Insane asylums in Bengal annual reports 1876-1887 - 1876-1887
Year: 1876
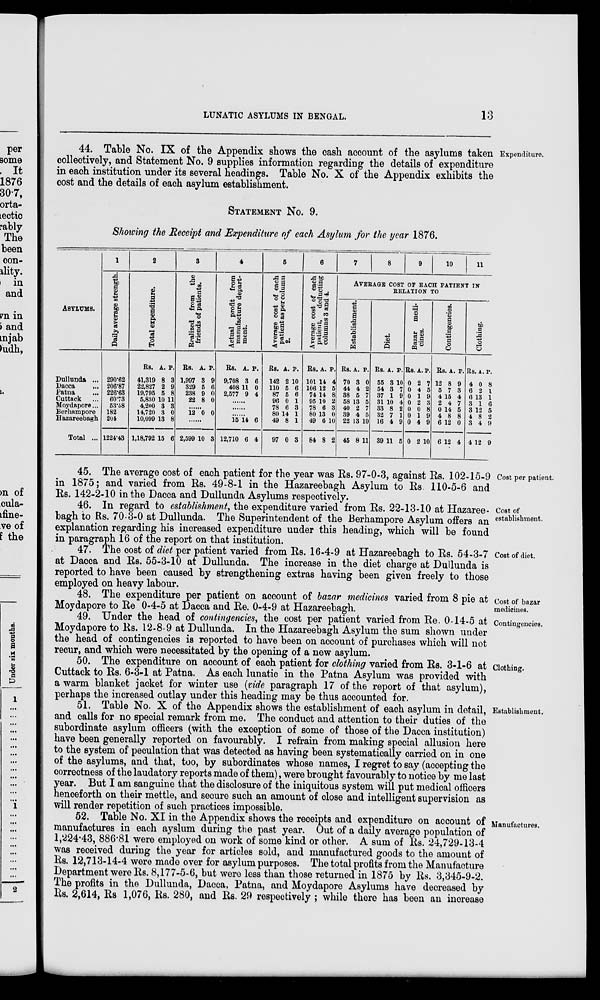
LUNATIC ASYLUMS IN BENGAL.
13
Expenditure.
44. Table No. IX of the Appendix shows the cash account of the asylums taken
collectively, and Statement No. 9 supplies information regarding the details of expenditure
in each institution under its several headings. Table No. X of the Appendix exhibits the
cost and the details of each asylum establishment.
STATEMENT No. 9.
Showing the Receipt and Expenditure of each Asylum for the year 1876.
ASYLUMS.
Dullunda ...
Dacca ...
Patna ...
Cuttack ...
Moydapore...
Berhampore
Hazareebagh
Total ...
1
Daily average strength.
290.62
206.87
226.63
60.73
53.58
182
204
1224.43
2
Total expenditure.
Rs.
41,319
22,827
19,795
5,830
4,200
14,720
10,099
1,18,792
A.
8
2
5
10
3
3
13
15
P.
3
9
8
11
3
0
8
6
3
Realized from
the
friends of patients.
Rs.
1,997
329
238
22
A.
3
5
9
8
P.
9
6
0
0
......
12 0 0
... ...
2,599 10 3
4
Actual profit from
manufacture depart-
ment.
Rs.
9,708
408
2,577
A.
3
11
9
P.
6
0
4
......
......
......
15
12,710
14
6
6
4
6
Average cost of each
patient as per column
2.
Rs.
142
110
87
96
78
80
49
97
A.
2
5
5
0
6
14
8
0
P.
10
6
6
1
3
1
1
3
6
Average cost of each
patient, deducting
columns 3 and 4.
Rs.
101
106
74
95
78
80
49
84
A.
14
12
14
10
6
13
6
8
P.
4
5
8
2
3
0
10
2
7
8
9
10
11
AVERAGE COST OF EACH PATIENT IN
RELATION TO
Establishment.
Rs.
70
44
38
58
40
39
22
45
A.
3
4
5
13
2
4
13
8
P.
0
2
7
5
7
5
10
11
Diet.
Rs.
55
54
37
31
33
32
16
39
A.
3
3
1
10
8
7
4
11
P.
10
7
9
4
2
1
9
5
Bazar medi-
cines.
Rs.
0
0
0
0
0
0
0
0
A
2
4
1
2
0
1
4
2
P.
7
5
9
3
8
9
9
10
Contingencies.
Rs.
12
5
4
2
0
4
6
6
A.
8
7
15
4
14
8
12
12
P.
9
3
4
7
5
8
0
4
Clothing.
Rs.
4
6
6
3
3
4
3
4
A.
0
2
13
1
12
8
4
12
P.
8
1
1
6
5
2
9
9
Cost per patient.
45. The average cost of each patient for the year was Rs. 97-0-3, against Rs. 102-15-9
in 1875; and varied from Rs. 49-8-1 in the Hazareebagh Asylum to Rs. 110-5-6 and
Rs. 142-2-10 in the Dacca and Dullunda Asylums respectively.
Cost of
establishment.
46. In regard to establishment, the expenditure varied from Rs. 22-13-10 at Hazaree-
bagh to Rs. 70-3-0 at Dullunda. The Superintendent of the Berhampore Asylum offers an
explanation regarding his increased expenditure under this heading, which will be found
in paragraph 16 of the report on that institution.
Cost of diet.
47. The cost of diet per patient varied from Rs. 16-4-9 at Hazareebagh to Rs. 54-3-7
at Dacca and Rs. 55-3-10 at Dullunda. The increase in the diet charge at Dullunda is
reported to have been caused by strengthening extras having been given freely to those
employed on heavy labour.
Cost of bazar
medicines.
48. The expenditure per patient on account of bazar medicines varied from 8 pie at
Moydapore to Re 0-4-5 at Dacca and Re. 0-4-9 at Hazareebagh.
Contingencies.
49. Under the head of contingencies, the cost per patient varied from Re. 0-14-5 at
Moydapore to Rs. 12-8-9 at Dullunda. In the Hazareebagh Asylum the sum shown under
the head of contingencies is reported to have been on account of purchases which will not
recur, and which were necessitated by the opening of a new asylum.
Clothing.
50. The expenditure on account of each patient for clothing varied from Rs. 3-1-6 at
Cuttack to Rs. 6-3-1 at Patna. As each lunatic in the Patna Asylum was provided with
a warm blanket jacket for winter use (vide paragraph 17 of the report of that asylum),
perhaps the increased outlay under this heading may be thus accounted for.
Establishment.
51. Table No. X of the Appendix shows the establishment of each asylum in detail,
and calls for no special remark from me. The conduct and attention to their duties of the
subordinate asylum officers (with the exception of some of those of the Dacca institution)
have been generally reported on favourably. I refrain from making special allusion here
to the system of peculation that was detected as having been systematically carried on in one
of the asylums, and that, too, by subordinates whose names, I regret to say (accepting the
correctness of the laudatory reports made of them), were brought favourably to notice by me last
year. But I am sanguine that the disclosure of the iniquitous system will put medical officers
henceforth on their mettle, and secure such an amount of close and intelligent supervision as
will render repetition of such practices impossible.
Manufactures.
52. Table No. XI in the Appendix shows the receipts and expenditure on account of
manufactures in each ayslum during the past year. Out of a daily average population of
1,224.43, 886.81 were employed on work of some kind or other. A sum of Rs. 24,729-13-4
was received during the year for articles sold, and manufactured goods to the amount of
Rs. 12,713-14-4 were made over for asylum purposes. The total profits from the Manufacture
Department were Rs. 8,177-5-6, but were less than those returned in 1875 by Rs. 3,345-9-2.
The profits in the Dullunda, Dacca, Patna, and Moydapore Asylums have decreased by
Rs. 2,614, Rs 1,076, Rs. 280, and Rs. 29 respectively ; while there has been an increase